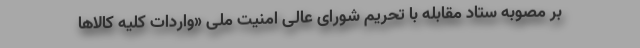
بر مصوبه ستاد مقابله با تحریم شورای عالی امنیت ملی «واردات کلیه کالاها